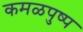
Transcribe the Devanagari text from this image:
कमळपुष्प